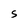
Character: S